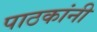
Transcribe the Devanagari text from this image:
पाठकांनी